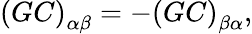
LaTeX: \left(GC\right)_{\alpha\beta}=-\left(GC\right)_{\beta\alpha},